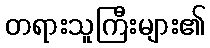
တရားသူကြီးများ၏